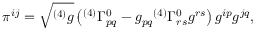
\pi ^ { i j } = { \sqrt { ^ { ( 4 ) } g } } \left( { ^ { ( 4 ) } } \Gamma _ { p q } ^ { 0 } - g _ { p q } { ^ { ( 4 ) } } \Gamma _ { r s } ^ { 0 } g ^ { r s } \right) g ^ { i p } g ^ { j q } ,